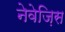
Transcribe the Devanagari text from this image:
नेवेज़िस